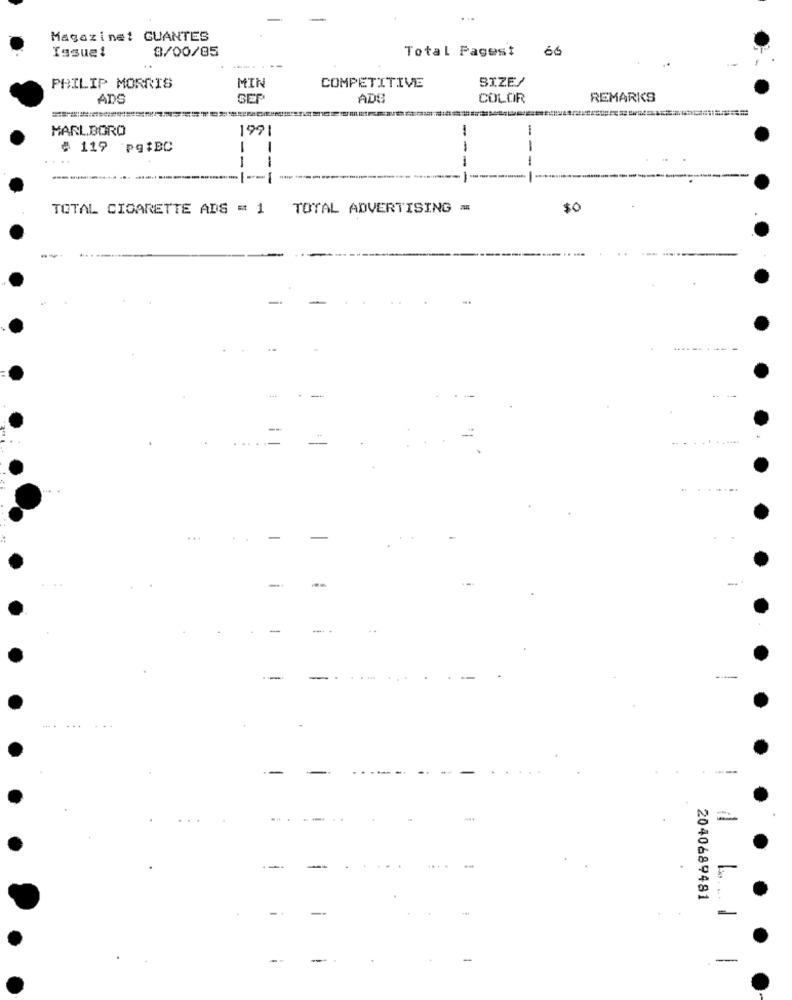
Magazine! GUANTES
Issue!
8/00/85
Total Pagest
66
..
-------
COMPETITIVE
SIZE/
PHILIP MORRIS
MIN
ADS
ADS
COLOR
REMARKS
MARLBORO
1991
# 119 pgiBC
--
--
---
--
TOTAL CIGARETTE ADS = 1 TOTAL ADVERTISING =
$0
...
...
-
-
2040689481